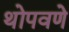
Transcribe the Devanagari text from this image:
थोपवणे